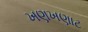
ખણખણાટ